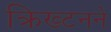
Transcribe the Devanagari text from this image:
क्रिख्टनने